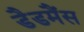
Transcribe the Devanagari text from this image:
डैडमैंस